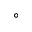
\circ